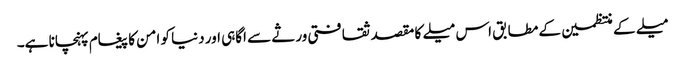
میلے کے منتظمین کے مطابق اس میلے کا مقصد ثقافتی ورثے سے اگاہی اور دنیا کو امن کا پیغام پہنچانا ہے۔